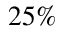
2 5 \%